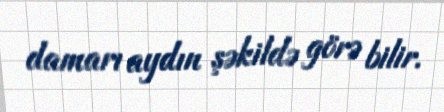
damarı aydın şəkildə görə bilir.